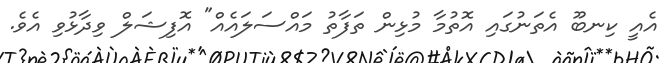
އެއީ ކިނބޫ އެތަނުގައި އޮތުމާ މުޅިން ތަފާތު މައްސަލައެއް" އޮފިޝަލް ވިދާޅުވި އެވެ.